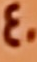
40